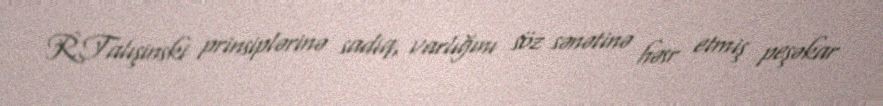
R.Talışinski prinsiplərinə sadiq, varlığını söz sənətinə həsr etmiş peşəkar